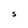
Character: S